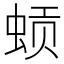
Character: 𬠈